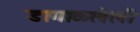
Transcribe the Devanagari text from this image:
डागाळलेली